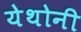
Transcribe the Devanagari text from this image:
येथोनी